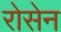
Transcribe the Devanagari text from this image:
रोसेन